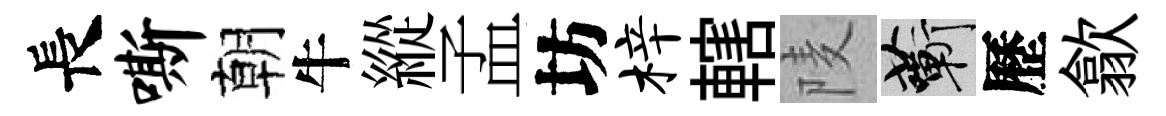
長嘶朝牛縱孟坊梓轄𨹧蔪歷歙